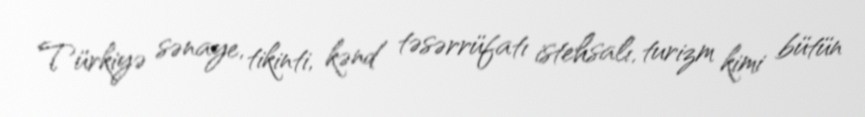
Türkiyə sənaye, tikinti, kənd təsərrüfatı istehsalı, turizm kimi bütün